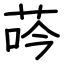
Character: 荶